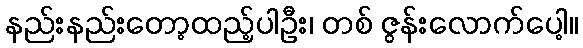
နည်းနည်းတော့ထည့်ပါဦး၊ တစ် ဇွန်းလောက်ပေါ့။